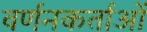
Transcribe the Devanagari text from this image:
वर्णनकर्ताओं